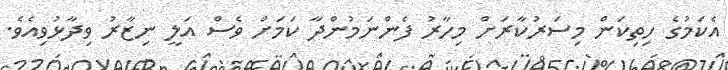
އެކަމުގެ ހިތިކަން މިސަރުކާރަށް މިހާރު ފެންނަމުންދާ ކަމަށް ވެސް އަލީ ނިޒާރު ވިދާޅުވިއެވެ.